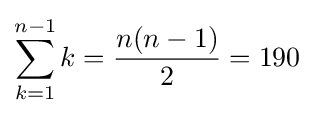
\sum _{k=1}^{n-1}k={\frac {n(n-1)}{2}}=190